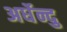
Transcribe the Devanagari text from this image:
अर्धेन्दु